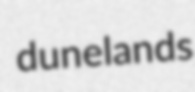
dunelands